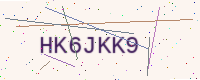
Text: HK6JKK9